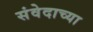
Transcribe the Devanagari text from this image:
संवेदाच्या